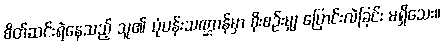
စိတ်ဆင်းရဲနေသည့် သူ၏ ပုံပန်းသဏ္ဌာန်မှာ စိုးစဉ်းမျှ ပြောင်းလဲခြင်း မရှိသေး။